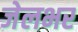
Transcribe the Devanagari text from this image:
जेलभर